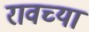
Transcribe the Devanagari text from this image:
रावच्या